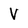
Character: V